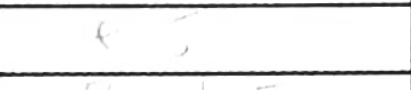
Transcription: e5